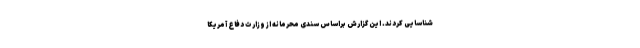
شناسایی کردند. این گزارش براساس سندی محرمانه از وزارت دفاع آمریکا